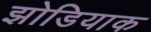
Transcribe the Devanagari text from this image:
झोडियाक